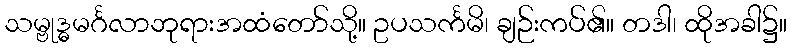
သမ္ဗုဒ္ဓမင်္ဂလာဘုရားအထံတော်သို့။ ဥပသင်္ကမိ၊ ချဉ်းကပ်၏။ တဒါ၊ ထိုအခါ၌။